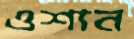
ওশান